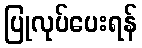
ပြုလုပ်ပေးရန်